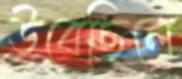
উবেছিলে